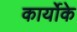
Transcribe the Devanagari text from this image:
कार्योके